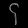
Digit: ၄